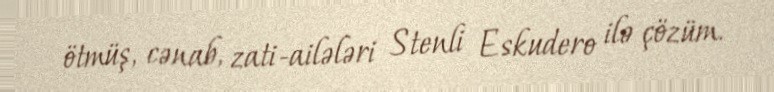
ötmüş, cənab, zati-ailələri Stenli Eskudero ilə çözüm.